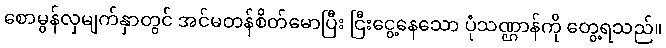
စောမွန်လှမျက်နှာတွင် အင်မတန်စိတ်မောပြီး ငြီးငွေ့နေသော ပုံသဏ္ဌာန်ကို တွေ့ရသည်။